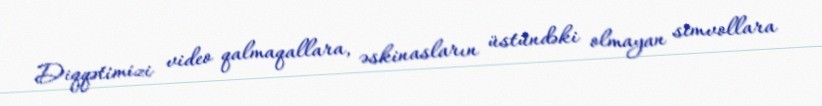
Diqqətimizi video qalmaqallara, əskinasların üstündəki olmayan simvollara